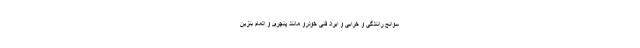
سوانح رانندگی و خرابی و ایراد فنی خودرو مانند پنچری و اتمام بنزین